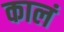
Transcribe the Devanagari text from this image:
कालं